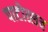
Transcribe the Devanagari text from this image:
पाटोत्सव